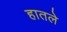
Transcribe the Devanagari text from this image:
हातले